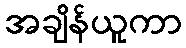
အချိန်ယူကာ